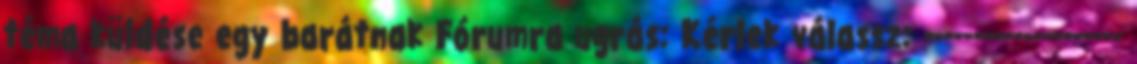
téma küldése egy barátnak Fórumra ugrás: Kérlek válassz: --------------------